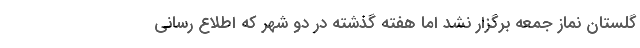
گلستان نماز جمعه برگزار نشد اما هفته گذشته در دو شهر که اطلاع رسانی